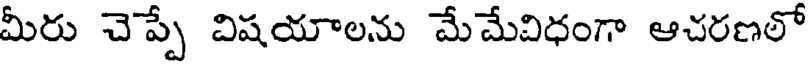
మీరు చెప్పే విషయాలను మేమేవిధంగా ఆచరణలో